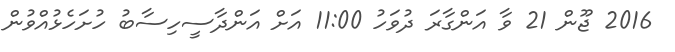
2016 ޖޫން 21 ވާ އަންގާރަ ދުވަހު 11:00 އަށް އަންދާސީހިސާބު ހުށަހެޅުއްވުން